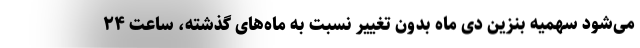
می‌شود سهمیه بنزین دی ماه بدون تغییر نسبت به ماه‌های گذشته، ساعت ۲۴